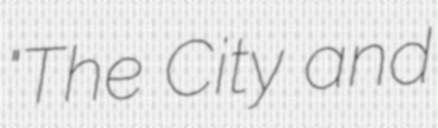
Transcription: "The City and